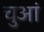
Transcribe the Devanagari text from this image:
चुआं